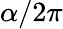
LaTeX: \alpha/2\pi